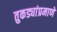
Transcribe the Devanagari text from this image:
तुकड्यांप्रमाणे